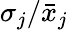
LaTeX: \sigma_{j}/\bar{x}_{j}